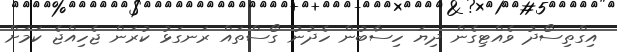
އިގްތިސޯދު ވެއްޓިގެން ދިޔަ ހިސާބުން ހެދުނު ގޯސްތައް ރަނގަޅު ކުރަން ޖެހިއްޖެ ކަމަށް